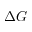
\Delta G